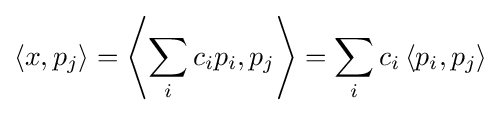
\left\langle x,p_{j}\right\rangle =\left\langle \sum _{i}c_{i}p_{i},p_{j}\right\rangle =\sum _{i}c_{i}\left\langle p_{i},p_{j}\right\rangle